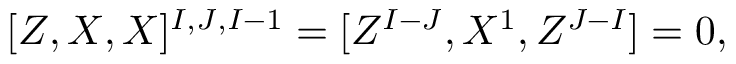
[ Z , X , X ] ^ { I , J , I - 1 } = [ Z ^ { I - J } , X ^ { 1 } , Z ^ { J - I } ] = 0 ,